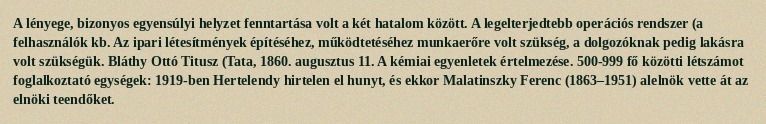
A lényege, bizonyos egyensúlyi helyzet fenntartása volt a két hatalom között. A legelterjedtebb operációs rendszer (a felhasználók kb. Az ipari létesítmények építéséhez, működtetéséhez munkaerőre volt szükség, a dolgozóknak pedig lakásra volt szükségük. Bláthy Ottó Titusz (Tata, 1860. augusztus 11. A kémiai egyenletek értelmezése. 500-999 fő közötti létszámot foglalkoztató egységek: 1919-ben Hertelendy hirtelen el hunyt, és ekkor Malatinszky Ferenc (1863–1951) alelnök vette át az elnöki teendőket.